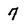
Character: 7